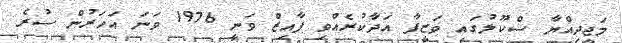
މަޖީދިއްޔާ ސްކޫލުގައި ވަޒީފާ އަދާކުރެއްވި ފާއިޒް ވަނީ 1976 ވަނަ އަހަރުން ސުރެ